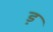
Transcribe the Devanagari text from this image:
ड्र